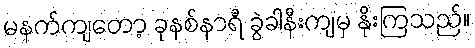
မနက်ကျတော့ ခုနစ်နာရီ ခွဲခါနီးကျမှ နိုးကြသည်။